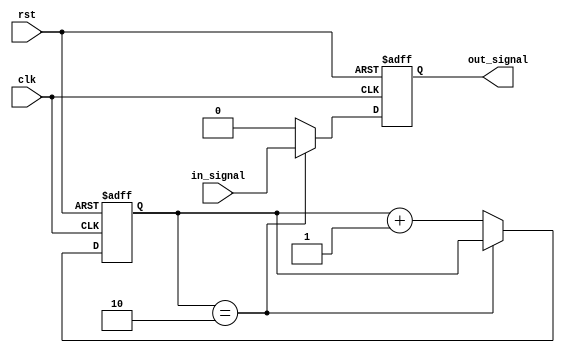
module RC_Delay (
    input wire clk,  // Clock signal
    input wire rst,  // Reset signal
    input wire in_signal,  // Input signal to delay
    output reg out_signal  // Output delayed signal
);

reg [7:0] delay_count;  // Counter for delay
parameter DELAY_VALUE = 8'b00000010;  // Value for delay

always @(posedge clk or posedge rst) begin
    if (rst) begin
        delay_count <= 0;
        out_signal <= 0;
    end else begin
        if (delay_count == DELAY_VALUE) begin
            out_signal <= in_signal;
        end else begin
            delay_count <= delay_count + 1;
            out_signal <= 0;
        end
    end
end

endmodule